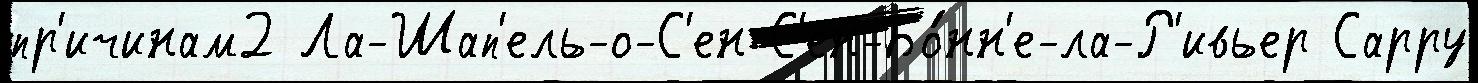
пр'ичинам2 Ла-Шап'ель-о-С'ен С'ен-Бо́нн'е-ла-Р'ивьер Сарру